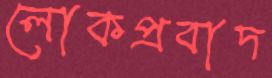
লোকপ্রবাদ